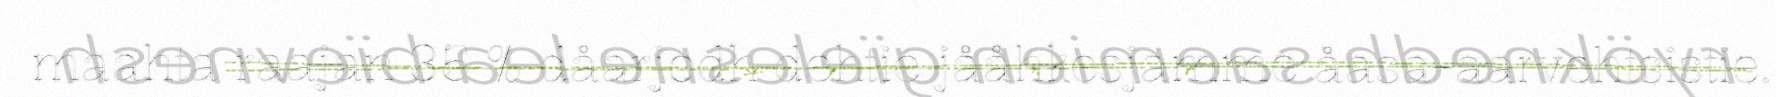
maahta raajan 35 % dåarjodh dehtie jååhkesjamme åasa-aarvehtsistie.